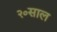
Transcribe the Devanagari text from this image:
२०साल